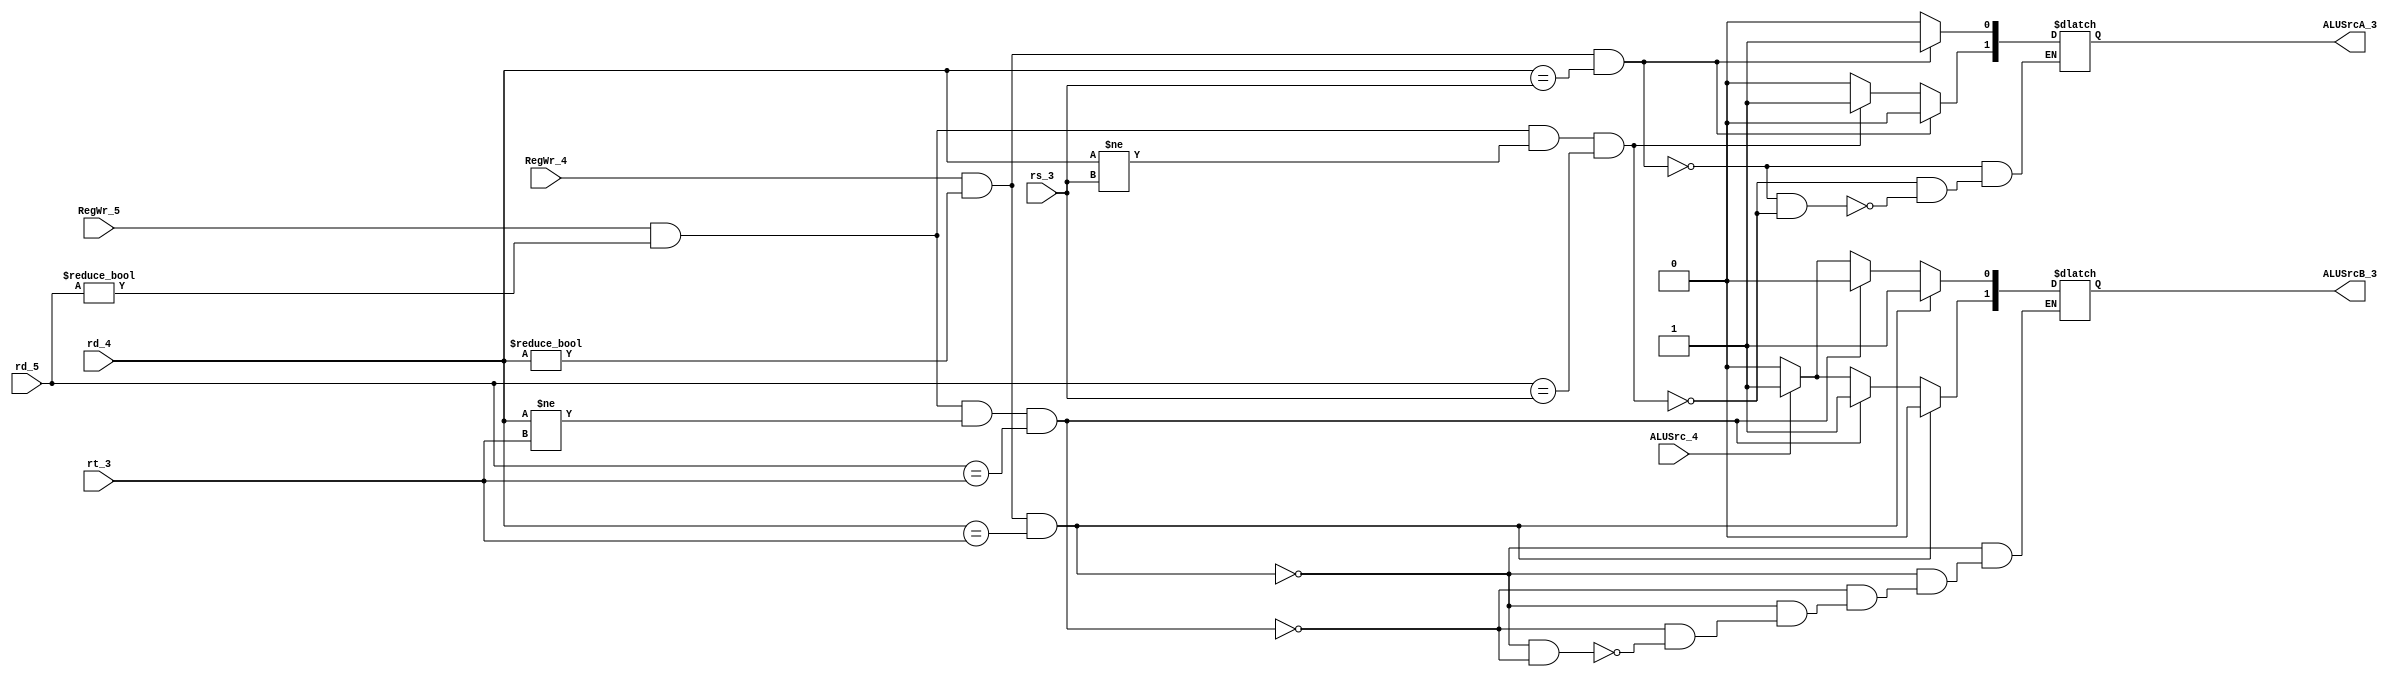
module ZHF(RegWr_4,rd_4,RegWr_5,rd_5,rs_3,rt_3,ALUSrc_4,ALUSrcA_3,ALUSrcB_3);
	input RegWr_4,RegWr_5,ALUSrc_4;
	input[4:0] rd_4,rd_5,rs_3,rt_3;
	output reg[1:0] ALUSrcA_3,ALUSrcB_3;
	reg c1a,c2a,c1b,c2b;
	

	always @(RegWr_4 or rd_4 or rd_5 or rs_3 or rt_3 or RegWr_5 or c1a or c2a or c1b or c2b or ALUSrc_4) begin
		c1a <= RegWr_4 & (rd_4 != 0) & (rd_4 == rs_3);
		c2a <= RegWr_5 & (rd_5 != 0) & (rd_4 != rs_3) & (rd_5 == rs_3);
		c1b <= RegWr_4 & (rd_4 != 0) & (rd_4 == rt_3);
		c2b <= RegWr_5 & (rd_5 != 0) & (rd_4 != rt_3) & (rd_5 == rt_3);
		if(c1a)
		begin
		ALUSrcA_3[0]<=1;
	    ALUSrcA_3[1]<=0;
	    end
	    else if(c2a)
	    begin
	    ALUSrcA_3[0]<=0;
	    ALUSrcA_3[1]<=1;
	    end
	    else if(c1a!=1&&c2a!=1)
	    begin
	    ALUSrcA_3[0]<=0;
	    ALUSrcA_3[1]<=0;
	    end
	    
	    if(c1b)
	    begin
	    ALUSrcB_3[0]<=1;
	    ALUSrcB_3[1]<=0;	
	    end
	    else if(c2b)
	    begin
	    ALUSrcB_3[0]=0;
	    ALUSrcB_3[1]=1;	
	    end
	    else if(c1b!=1&&c2b!=1)
	    begin
	       if(ALUSrc_4)
	         begin
	         ALUSrcB_3[0]=1;
	         ALUSrcB_3[1]=1;	
	         end
	       else
	         begin
	         ALUSrcB_3[0]=0;
	         ALUSrcB_3[1]=0;	
	         end
	    end
	end
	

endmodule